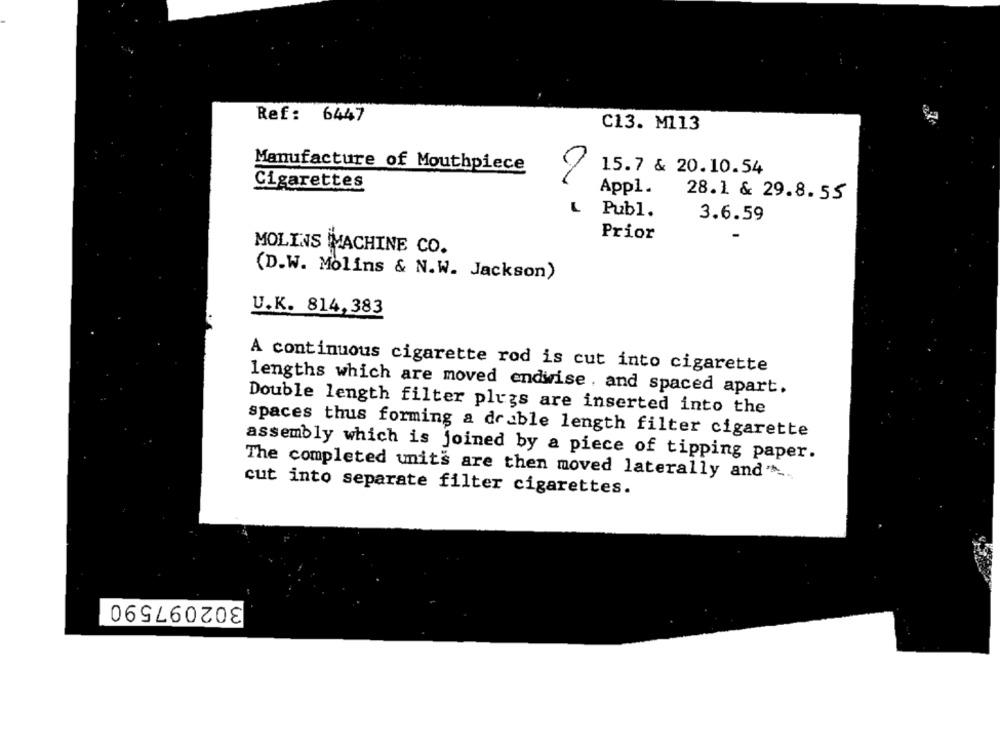
Ref: 6447
C13. M113
Manufacture of Mouthpiece
15.7 & 20.10.54
Cigarettes
Appl.
28.1 & 29.8.55
L Publ.
a.
3.6.59
Prior
MOLINS MACHINE CO.
(D.W. Molins & N.W. Jackson)
U.K. 814, 383
A continuous cigarette rod is cut into cigarette
lengths which are moved endwise , and spaced apart.
Double length filter plugs are inserted into the
spaces thus forming a deable length filter cigarette
assembly which is joined by a piece of tipping paper.
The completed units are then moved laterally and".
cut into separate filter cigarettes.
302097590